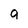
Character: a